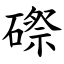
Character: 磜